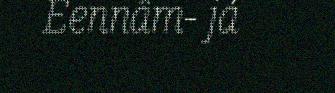
Eennâm- já